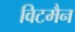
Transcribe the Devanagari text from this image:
विटमैन